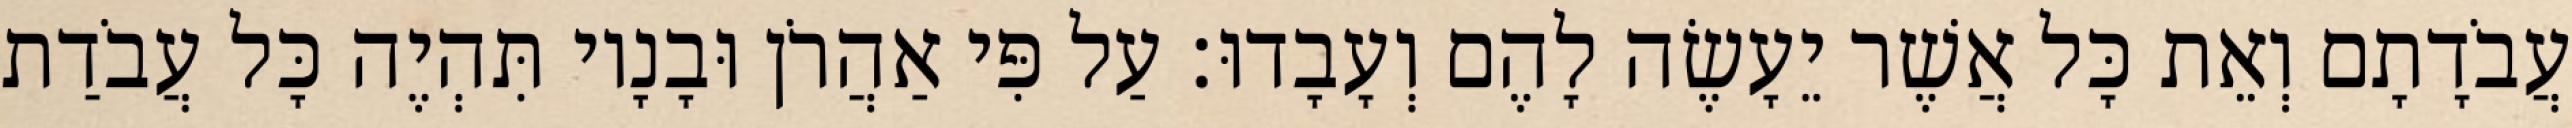
עֲבֹדָתָם וְאֵת כָּל אֲשֶׁר יֵעָשֶׂה לָהֶם וְעָבָדוּ׃ עַל פִּי אַהֲרֹן וּבָנָיו תִּהְיֶה כָּל עֲבֹדַת